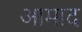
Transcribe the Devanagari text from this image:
आमाद